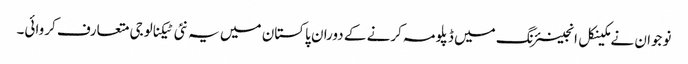
نوجوان نے مکینکل انجینئرنگ میں ڈپلومہ کرنے کے دوران پاکستان میں یہ نئی ٹیکنالوجی متعارف کروائی۔